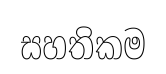
සහතිකම